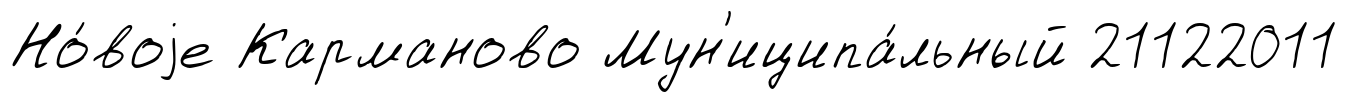
Но́воjе Карманово Мун'иципа́льный 21122011